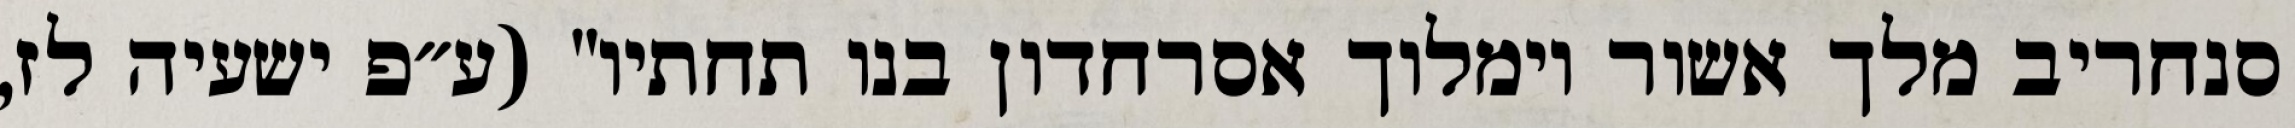
סנחריב מלך אשור וימלוך אסרחדון בנו תחתיו" (ע״פ ישעיה לז,